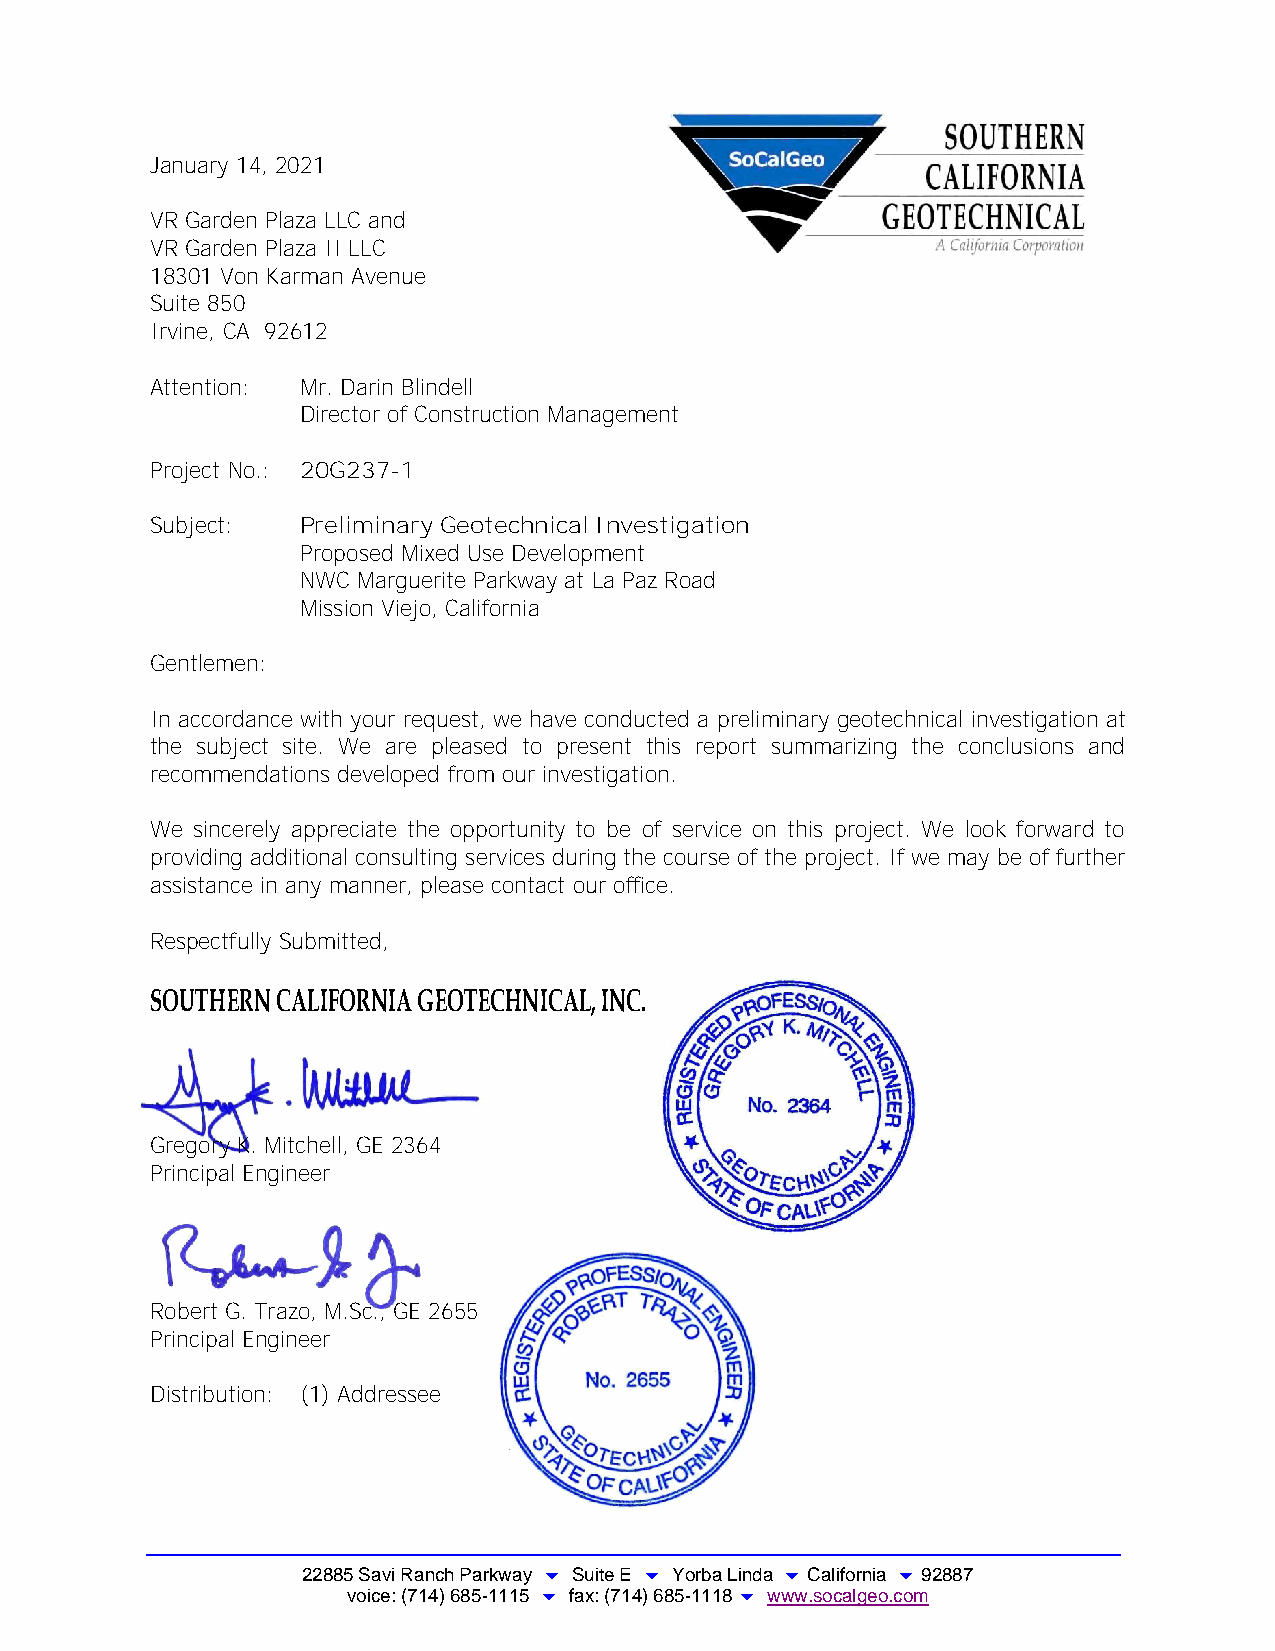
January 14, 2021
 VR Garden Plaza LLC and
 VR Garden Plaza II LLC
 18301 Von Karman Avenue
 Suite 850
 Irvine, CA 92612
 Attention: Mr. Darin Blindell
 Director of Construction Management
 Project No.: 20G237-1
 Subject:  Preliminary Geotechnical Investigation
 Proposed Mixed Use Development
 NWC Marguerite Parkway at La Paz Road
 Mission Viejo, California
 Gentlemen:
 In accordance with your request, we have conducted a preliminary geotechnical investigation at
 the subject site. We are pleased to present this report summarizing the conclusions and
 recommendations developed from our investigation.
 We sincerely appreciate the opportunity to be of service on this project. We look forward to
 providing additional consulting services during the course of the project. If we may be of further
 assistance in any manner, please contact our office.
 Respectfully Submitted,
 SOUTHERN CALIFORNIA GEOTECHNICAL, INC.
 Gregory K. Mitchell, GE 2364
 Principal Engineer
 Robert G. Trazo, M.Sc., GE 2655
 Principal Engineer
 Distribution: (1) Addressee
 22885 Savi Ranch Parkway  Suite E  Yorba Linda  California  92887
 voice: (714) 685-1115  fax: (714) 685-1118  www.socalgeo.com